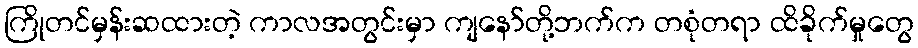
ကြိုတင်မှန်းဆထားတဲ့ ကာလအတွင်းမှာ ကျနော်တို့ဘက်က တစုံတရာ ထိခိုက်မှုတွေ